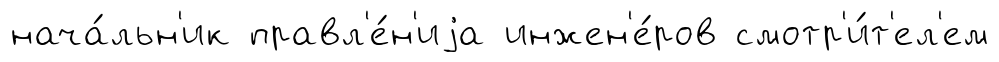
нача́льн'ик правл'е́н'иjа инжен'е́ров смотр'и́т'ел'ем